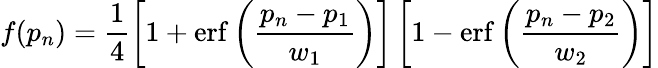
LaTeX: f(p_{n})=\frac{1}{4}\left[1+\mathrm{erf}\left(\frac{p_{n}-p_{1}}{w_{1}}\right)\right]\left[1-\mathrm{erf}\left(\frac{p_{n}-p_{2}}{w_{2}}\right)\right]